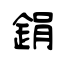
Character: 鋗